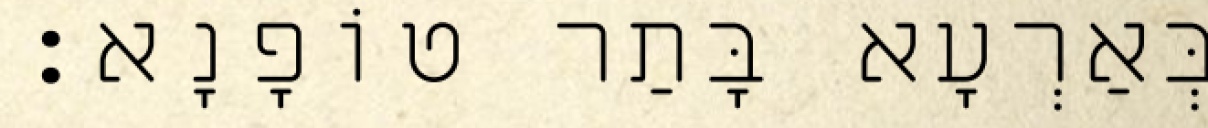
בְּאַרְעָא בָּתַר טוֹפָנָא׃